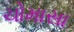
ચોમાસા